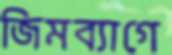
জিমব্যাগে